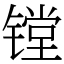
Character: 镗